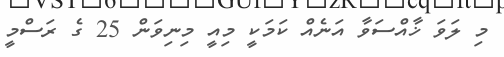
މި ލަވަ ޚާއްސަވާާ އަނެއް ކަމަކީ މިއީ މިނިވަން 25 ގެ ރަސްމީ